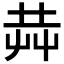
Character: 𰰥